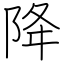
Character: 降